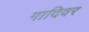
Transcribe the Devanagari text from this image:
गादिवर